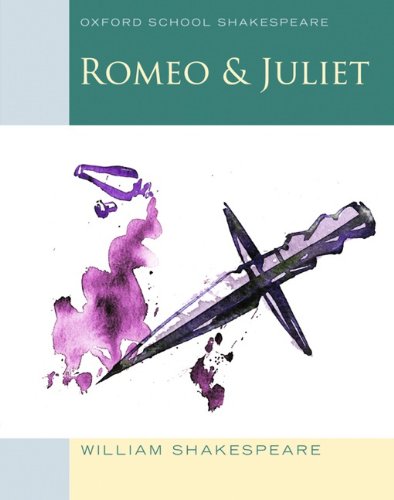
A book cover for Romeo and Juliet: Oxford School Shakespeare (Oxford School Shakespeare Series); William Shakespeare; Literature & Fiction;